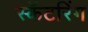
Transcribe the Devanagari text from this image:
स्कॅटरिंग